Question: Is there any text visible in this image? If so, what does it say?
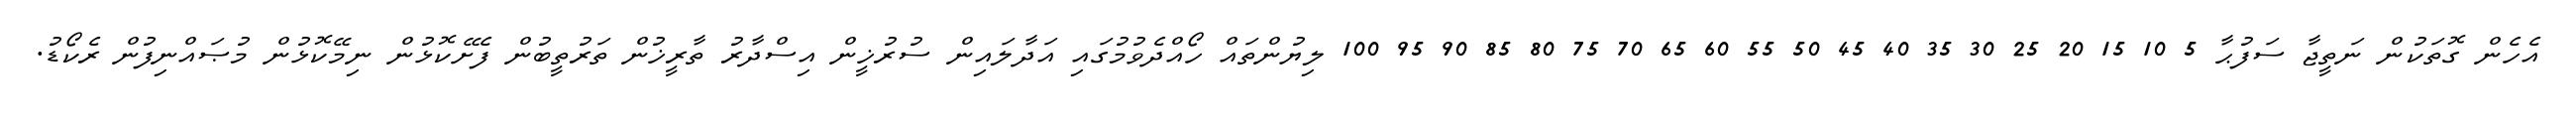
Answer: އެހެން ގޮތަކުން ނަތީޖާ ސަފުޙާ 5 10 15 20 25 30 35 40 45 50 55 60 65 70 75 80 85 90 95 100 ލިޔުންތައް ހޯއްދެވުމުގައި އަދާލައިން ސުރުޚީން އިސްދާރު ތާރީޚުން ތަރުތީބުން ފެށޭކޮޅުން ނިމޭކޮޅުން މުޞައްނިފުން ރެކޯޑު.